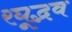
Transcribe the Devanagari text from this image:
रघूद्भव